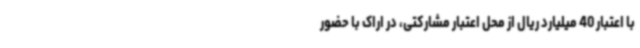
با اعتبار 40 میلیارد ریال از محل اعتبار مشارکتی، در اراک با حضور